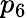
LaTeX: p_{6}